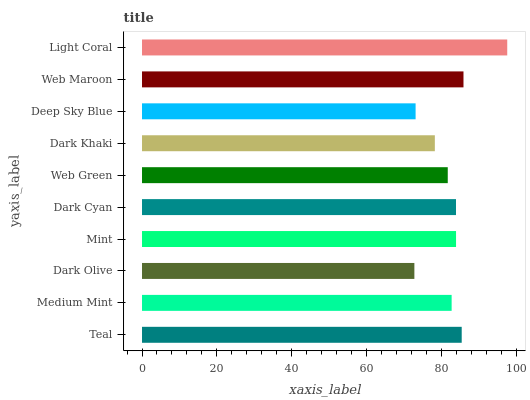
| yaxis_label | bars |
 | --- | --- |
 | Teal | 85.3 |
 | Medium Mint | 82.6 |
 | Dark Olive | 72.7 |
 | Mint | 83.8 |
 | Dark Cyan | 83.8 |
 | Web Green | 81.6 |
 | Dark Khaki | 78.2 |
 | Deep Sky Blue | 73 |
 | Web Maroon | 85.8 |
 | Light Coral | 97.5 |